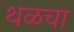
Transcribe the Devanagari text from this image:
थळचा